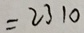
= 2 3 1 0